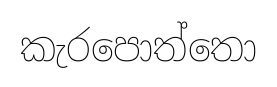
කැරපොත්තො